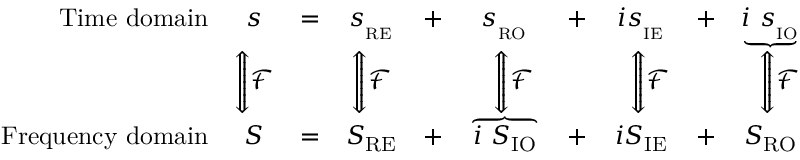
{ \begin{array} { r c c c c c c c c c } { { \mathrm { T i m e ~ d o m a i n } } } & { s } & { = } & { s _ { _ { \mathrm { R E } } } } & { + } & { s _ { _ { \mathrm { R O } } } } & { + } & { i s _ { _ { \mathrm { I E } } } } & { + } & { \underbrace { i \ s _ { _ { \mathrm { I O } } } } } \\ & { { \Bigg \Updownarrow } { \mathcal { F } } } & & { { \Bigg \Updownarrow } { \mathcal { F } } } & & { \ \ { \Bigg \Updownarrow } { \mathcal { F } } } & & { \ \ { \Bigg \Updownarrow } { \mathcal { F } } } & & { \ \ { \Bigg \Updownarrow } { \mathcal { F } } } \\ { { \mathrm { F r e q u e n c y ~ d o m a i n } } } & { S } & { = } & { S _ { \mathrm { R E } } } & { + } & { \overbrace { \, i \ S _ { \mathrm { I O } } \, } } & { + } & { i S _ { \mathrm { I E } } } & { + } & { S _ { \mathrm { R O } } } \end{array} }